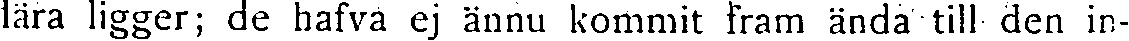
lära ligger; de hafva ej ännu kommit fram ändå till den in-